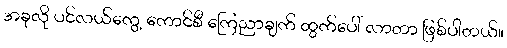
အခုလို ပင်လယ်ကွေ့ ကောင်စီ ကြေညာချက် ထွက်ပေါ် လာတာ ဖြစ်ပါတယ်။